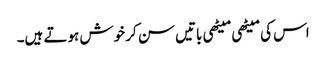
اس کی میٹھی میٹھی باتیں سن کر خوش ہوتے ہیں۔